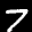
Label: 7